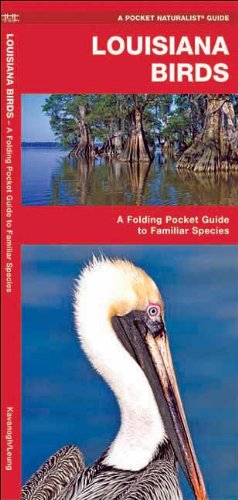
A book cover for Louisiana Birds: A Folding Pocket Guide to Familiar Species (Pocket Naturalist Guide Series); James Kavanagh; Travel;